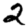
Digit: 2